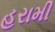
હરામી